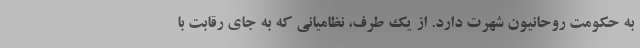
به حکومت روحانیون شهرت دارد. از یک طرف، نظامیانی که به جای رقابت با